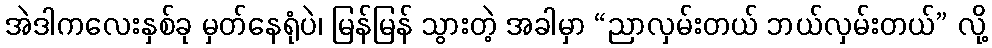
အဲဒါကလေးနှစ်ခု မှတ်နေရုံပဲ၊ မြန်မြန် သွားတဲ့ အခါမှာ “ညာလှမ်းတယ် ဘယ်လှမ်းတယ်” လို့